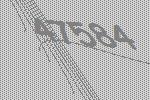
47584